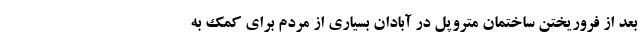
بعد از فروریختن ساختمان متروپل در آبادان بسیاری از مردم برای کمک به